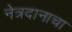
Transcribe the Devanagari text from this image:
नेत्रदानाचा